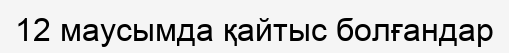
12 маусымда қайтыс болғандар